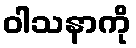
ဝါသနာကို